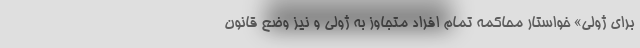
برای ژولی» خواستار محاکمه تمام افراد متجاوز به ژولی و نیز وضع قانون